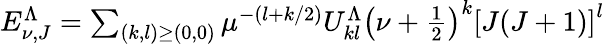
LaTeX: \begin{array}{r}{E_{\nu,J}^{\Lambda}=\sum_{(k,l)\geq(0,0)}\mu^{-(l+k/2)}U_{kl}^{\Lambda}\left(\nu+\frac{1}{2}\right)^{k}\left[J(J+1)\right]^{l}}\end{array}